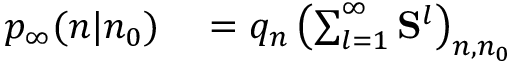
\begin{array} { r l } { p _ { \infty } ( n | n _ { 0 } ) } & { { } = q _ { n } \left( \sum _ { l = 1 } ^ { \infty } \mathbf { S } ^ { l } \right) _ { n , n _ { 0 } } } \end{array}